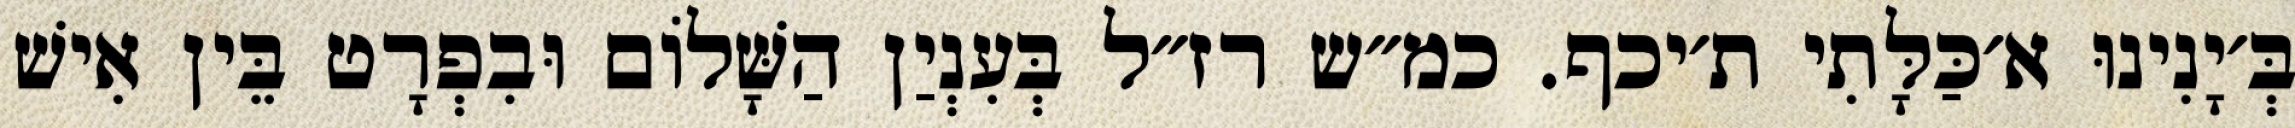
בְּ׳יָנִינוּ א׳כַּלָּתִי ת׳יכף. כמ״ש רז״ל בְּעִנְיַן הַשָּׁלוֹם וּבִפְרָט בֵּין אִישׁ